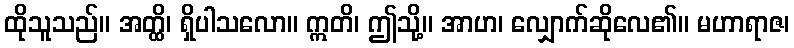
ထိုသူသည်။ အတ္ထိ၊ ရှိပါသလော။ ဣတိ၊ ဤသို့။ အာဟ၊ လျှောက်ဆိုလေ၏။ မဟာရာဇ၊